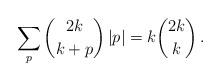
LaTeX: \begin{align*}\sum_p \binom{2k}{k+p}\,|p| = k\binom{2k}{k}\,. \end{align*}